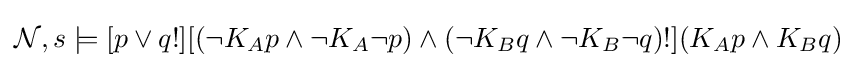
{\mathcal {N}},s\models [p\vee q!][(\neg K_{A}p\land \neg K_{A}\neg p)\land (\neg K_{B}q\land \neg K_{B}\neg q)!](K_{A}p\land K_{B}q)